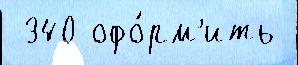
 340 офо́рм'ить